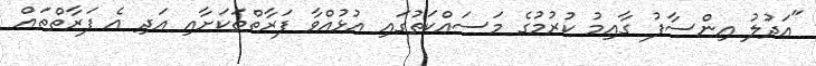
"އަދުލު އިންސާފު ގާއިމު ކުރުމުގެ މަސައްކަތުގައި އުޅުއްވާ ފަރާތްތަކަށާއި އަދި އެ ފަރާތްތައް